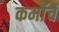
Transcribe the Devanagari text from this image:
कर्माचं